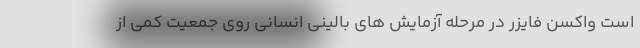
است واکسن فایزر در مرحله آزمایش های بالینی انسانی روی جمعیت کمی از